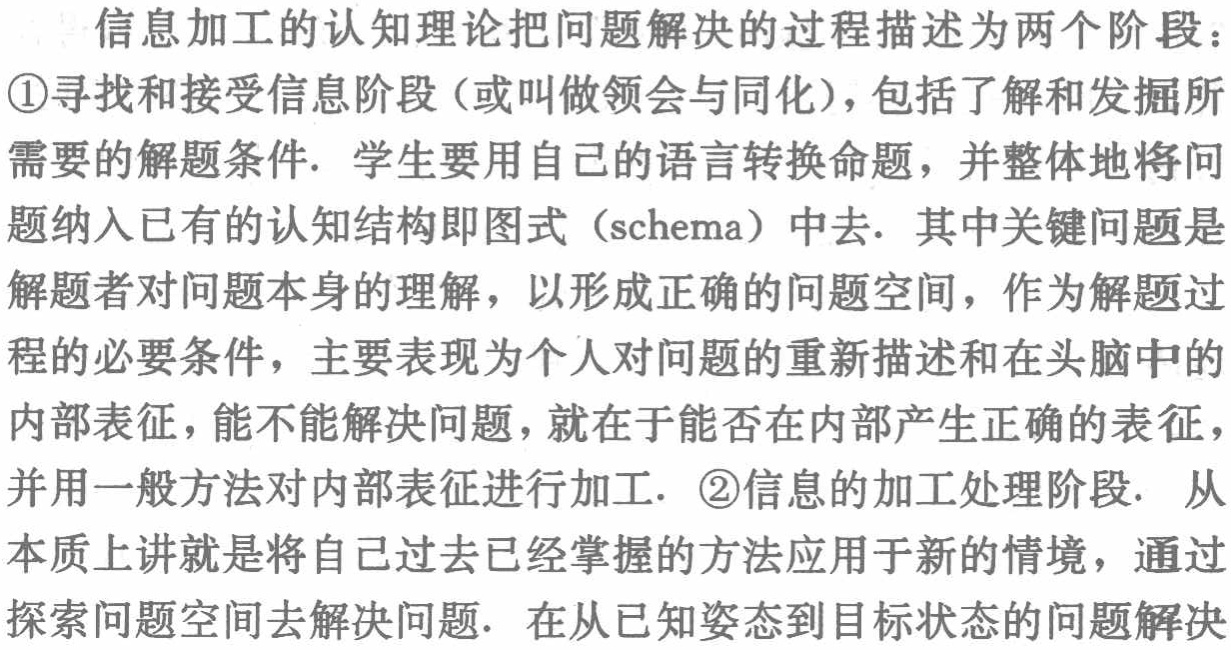
信息加工的认知理论把问题解决的过程描述为两个阶段：

\textcircled{1}寻找和接受信息阶段（或叫做领会与同化），包括了解和发掘所

需要的解题条件. 学生要用自己的语言转换命题，并整体地将问

题纳入已有的认知结构即图式（schema）中去. 其中关键问题是

解题者对问题本身的理解，以形成正确的问题空间，作为解题过

程的必要条件，主要表现为个人对问题的重新描述和在头脑中的

内部表征，能不能解决问题，就在于能否在内部产生正确的表征，

并用一般方法对内部表征进行加工. \textcircled{2}信息的加工处理阶段. 从

本质上讲就是将自己过去已经掌握的方法应用于新的情境，通过

探索问题空间去解决问题. 在从已知姿态到目标状态的问题解决